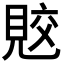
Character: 𧠭